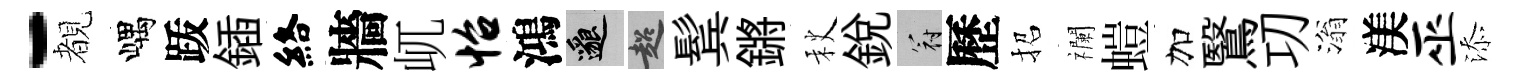
-覩嵎䟦鍤絡牆屼怡鴻邈超鬂鏘秋銳冠歷招襴螘加鷖㓛滃渼巫添